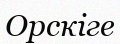
Орскіге